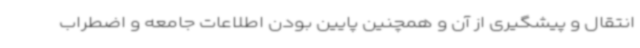
انتقال و پیشگیری از آن و همچنین پایین بودن اطلاعات جامعه و اضطراب